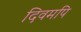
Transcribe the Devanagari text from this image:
दिवमपि